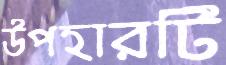
উপহারটি